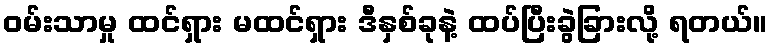
ဝမ်းသာမှု ထင်ရှား မထင်ရှား ဒီနှစ်ခုနဲ့ ထပ်ပြီးခွဲခြားလို့ ရတယ်။